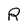
Character: R